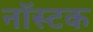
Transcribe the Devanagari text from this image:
नॉस्टक